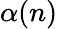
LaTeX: \alpha(n)